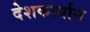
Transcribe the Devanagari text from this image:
देशकार्यास